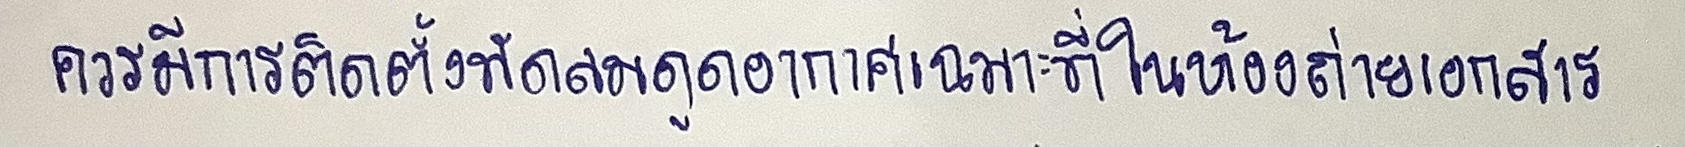
ควรมีการติดตั้งพัดลมดูดอากาศเฉพาะที่ในห้องถ่ายเอกสาร